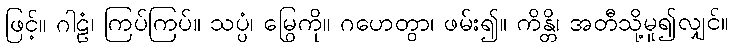
ဖြင့်။ ဂါဠံ၊ ကြပ်ကြပ်။ သပ္ပံ၊ မြွေကို။ ဂဟေတွာ၊ ဖမ်း၍။ ကိန္တိ၊ အတီသို့မူ၍လျှင်။